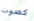
كصوت